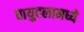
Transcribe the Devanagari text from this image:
वायुदलामध्ये